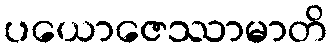
ပယောဇေဿာမာတိ